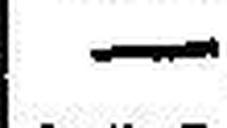
—.—